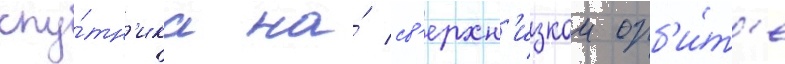
спу́тн'ика на́ св'ерхн'изкои орб'и́т'е